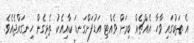
އެ ތަބުގައި ވާހާ އެއްޗެއް ބިމަށް ވެއްޓި އަޑުފަށްގަނޑަ ކާއިއެކު ތެޅިގެން ހިނގައްޖެއެވެ.